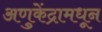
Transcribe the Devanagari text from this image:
अणुकेंद्रामधून